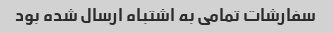
سفارشات تمامی به اشتباه ارسال شده بود